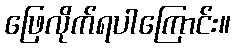
ဖြေလိုက်ရပါကြောင်း။